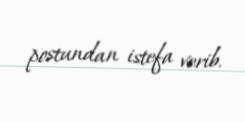
postundan istefa verib.